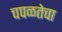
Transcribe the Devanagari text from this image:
चपळतेचा